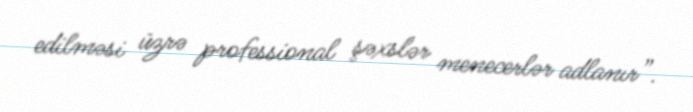
edilməsi üzrə professional şəxslər menecerlər adlanır”.